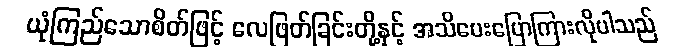
ယုံကြည်သောစိတ်ဖြင့် လေဖြတ်ခြင်းတို့နှင့် အသိပေးပြောကြားလိုပါသည်